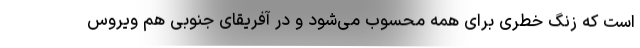
است که زنگ خطری برای همه محسوب می‌شود و در آفریقای جنوبی هم ویروس